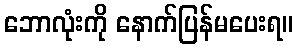
ဘောလုံးကို နောက်ပြန်မပေးရ။